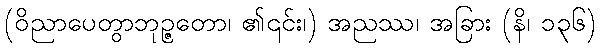
(ဝိညာပေတွာဘုဉ္ဇတော၊ ၏၎င်း၊) အညဿ၊ အခြား (နိ၊ ၁၃၆)